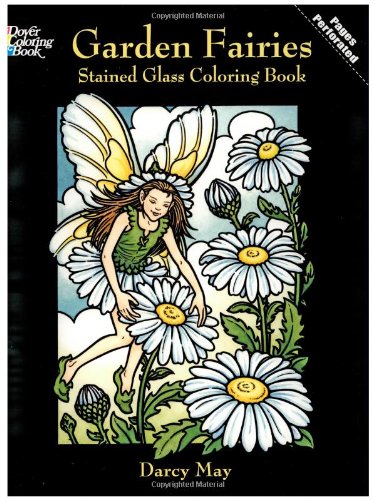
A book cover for Garden Fairies Stained Glass Coloring Book (Dover Stained Glass Coloring Book); Darcy May; Children's Books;